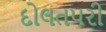
દોલતપરી